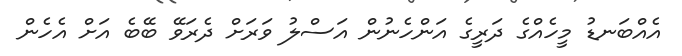
އެއްބަނޑު މީހެއްގެ ދަރީގެ އަންހެނުން އަސްލު ވަރަށް ދެރަވޭ ބޭބެ އަށް އެހެން